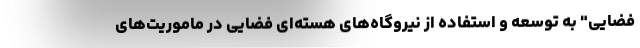
فضایی" به توسعه و استفاده از نیروگاه‌های هسته‌ای فضایی در ماموریت‌های